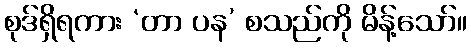
စုဒ်ရှိရကား ‘တာ ပန’ စသည်ကို မိန့်သော်။